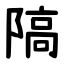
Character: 䧚